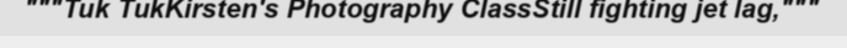
"""Tuk TukKirsten's Photography ClassStill fighting jet lag,"""